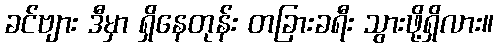
ခင်ဗျား ဒီမှာ ရှိနေတုန်း တခြားခရီး သွားဖို့ရှိလား။